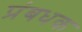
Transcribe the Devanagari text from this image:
प्रंबधक